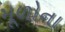
મૂળોના